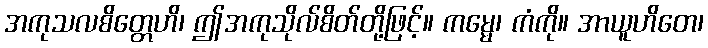
အကုသလစိတ္တေဟိ၊ ဤအကုသိုလ်စိတ်တို့ဖြင့်။ ကမ္မေ၊ ကံကို။ အာယူဟိတေ၊